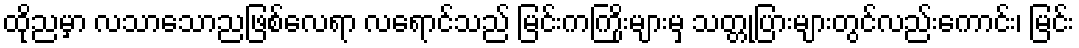
ထိုညမှာ လသာသောညဖြစ်လေရာ လရောင်သည် မြင်းကကြိုးများမှ သတ္တုပြားများတွင်လည်းကောင်း၊ မြင်း